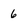
Character: 6